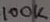
Text: 100K